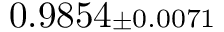
0 . 9 8 5 4 { \scriptstyle \pm 0 . 0 0 7 1 }